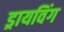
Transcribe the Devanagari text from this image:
ड्रायविंग